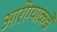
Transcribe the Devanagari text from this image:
आरोग्याकडे